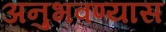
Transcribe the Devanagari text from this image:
अनुभवण्यास